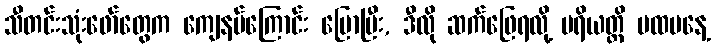
သီတင်းသုံးဖော်တွေက ကျေနပ်ကြောင်း ပြောပြီး, ဒီလို ဆက်ဖြေရလို့ ပရိယတ္တိ ပထမနေ့